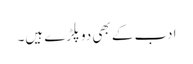
ادب کے بھی دوپلڑے ہیں۔